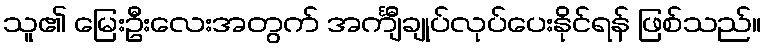
သူ၏ မြေးဦးလေးအတွက် အင်္ကျီချုပ်လုပ်ပေးနိုင်ရန် ဖြစ်သည်။